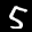
Label: 5